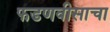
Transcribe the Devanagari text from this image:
फडणवीसाचा